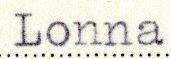
Lonna